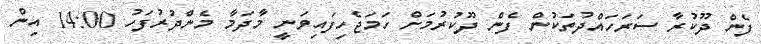
ފެން ދޫކުރާ ސަރަހައްދުތަކުން ފެން ދޫކުރުމަށް ހަމަޖެހިފައިވަނީ މާދަމާ މެންދުރުފަހު 14:00 އިން